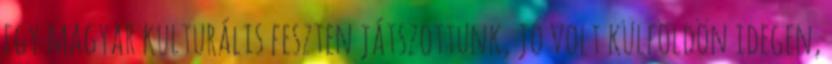
egy magyar kulturális feszten játszottunk, jó volt külföldön idegen,